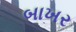
બાખર